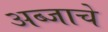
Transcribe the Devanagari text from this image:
अब्जाचे